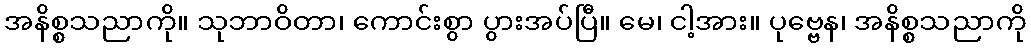
အနိစ္စသညာကို။ သုဘာဝိတာ၊ ကောင်းစွာ ပွားအပ်ပြီ။ မေ၊ ငါ့အား။ ပုဗ္ဗေန၊ အနိစ္စသညာကို